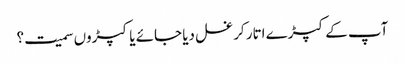
آپ کے کپڑے اتار کر غسل دیا جائے یا کپڑوں سمیت؟